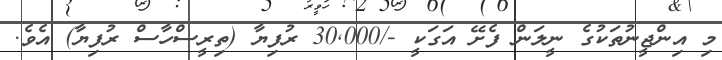
މި އިންޖީނުތަކުގެ ނީލަން ފެށޭ އަގަކީ -/30